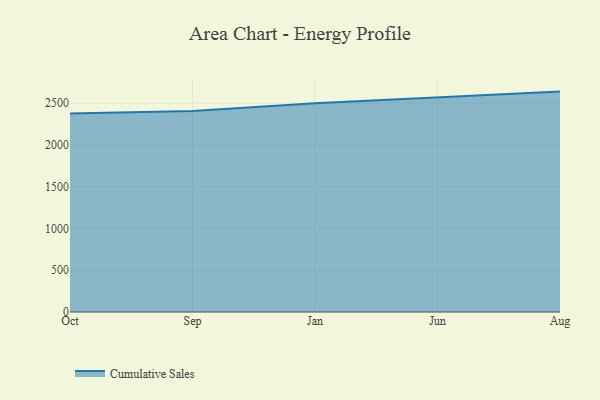
{"axis": {"x": "Month", "y": "Temperature (°C)"}, "legend": ["Cumulative Sales"], "data": [{"x": "Oct", "y": 2375.3, "type": "Cumulative Sales"}, {"x": "Sep", "y": 2403.6, "type": "Cumulative Sales"}, {"x": "Jan", "y": 2496.6, "type": "Cumulative Sales"}, {"x": "Jun", "y": 2566.0, "type": "Cumulative Sales"}, {"x": "Aug", "y": 2636.0, "type": "Cumulative Sales"}]}